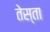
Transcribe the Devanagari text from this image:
तेस्ता